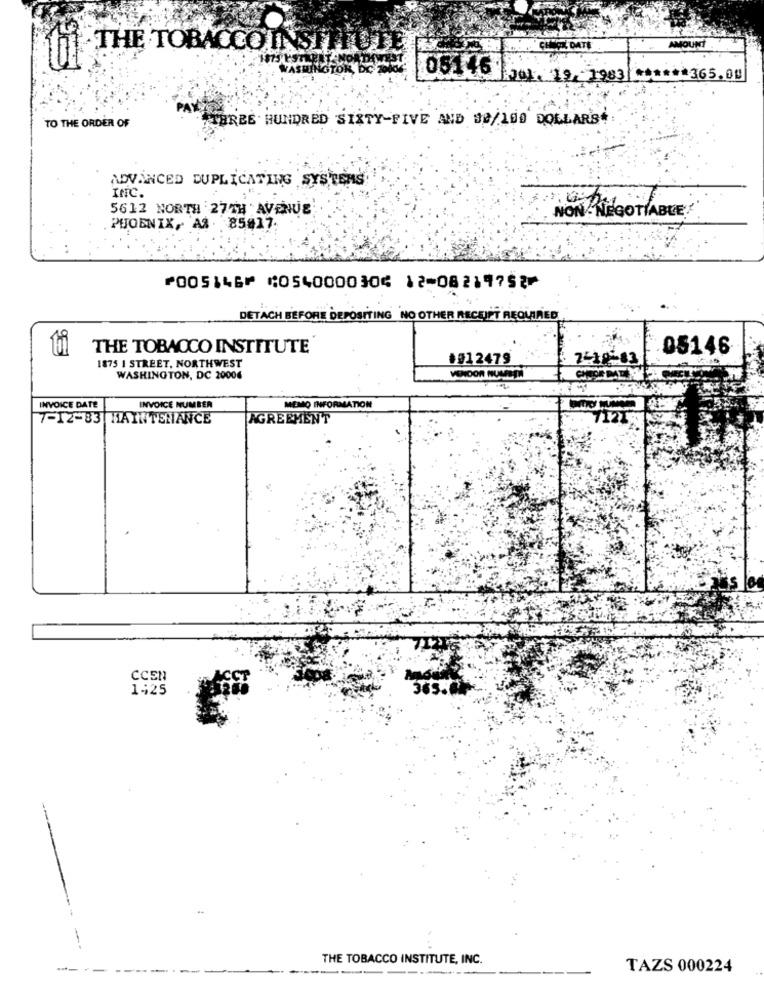
THE TOBACCOINSITIUTE
CHECK DATE
AMOUNT .
05146
FOI. 19 7983
******* 365.00
TO THE ORDER OF
THREE HUNDRED SIXTY-FIVE AND 90/100 DOLLARS.
ADVANCED DUPLICATING SYSTEMS
5612 NORTH 27TH AVENUE
NON- NEGOTIABLE
PUOENIX, AS. 85#17
⑈005146⑈ ⑆054000030⑆ 12⑉08219752⑈
DETACH BEFORE DEPOSITING NO OTHER RECEIPT REQUIRED
THE TOBACCO INSTITUTE
05146
+012479
2418-83
1875 I STREET, NORTHWEST
WASHINGTON, DC 20006
VENDOR NUMEEN
INVOICE DATE
INVOICE NUMBER
MEMO INFORMATION
7-12-83 MAINTENANCE
AGREEMENT
7121;
CCEN
1425
365.0
THE TOBACCO INSTITUTE, INC.
-------
TAZS 000224